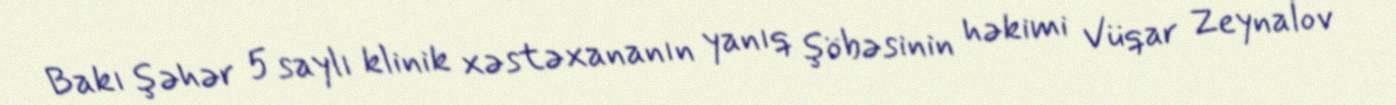
Bakı şəhər 5 saylı klinik xəstəxananın yanıq şöbəsinin həkimi Vüqar Zeynalov